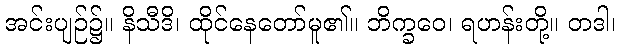
အင်းပျဉ်၌။ နိသီဒိ၊ ထိုင်နေတော်မူ၏။ ဘိက္ခဝေ၊ ရဟန်းတို့။ တဒါ၊